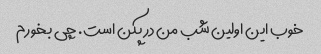
خوب این اولین شب من در پکن است. چی بخورم